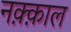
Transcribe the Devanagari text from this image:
नक़्क़ाल